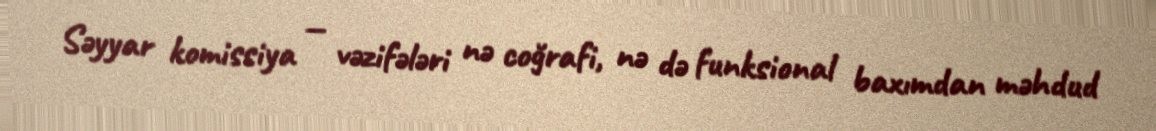
Səyyar komissiya — vəzifələri nə coğrafi, nə də funksional baxımdan məhdud